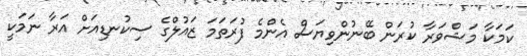
ކަމަކާ މަޝްވަރާ ކުރަން ބޭނުންވިޔަސް އެންމެ ފުރަތަމަ ޒައުލްގެ ސިކުނޑިއަށް އަރާ ނަމަކީ